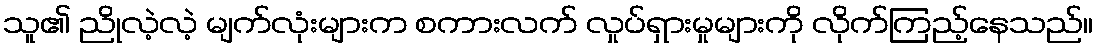
သူ၏ ညိုလဲ့လဲ့ မျက်လုံးများက စကားလက် လှုပ်ရှားမှုများကို လိုက်ကြည့်နေသည်။